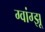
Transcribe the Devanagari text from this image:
ग्वांग्झू